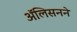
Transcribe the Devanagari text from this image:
ॲलिसनने